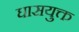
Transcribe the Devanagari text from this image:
घासयुक्त